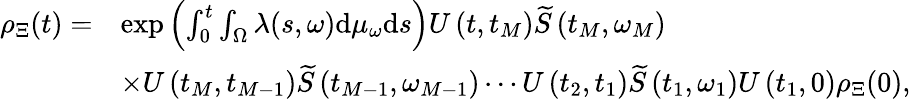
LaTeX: \begin{array}{rl}{{\rho}_{\Xi}(t)=}&{\exp\left(\int_{0}^{t}\int_{\Omega}\lambda(s,\omega)\mathrm{d}\mu_{\omega}\mathrm{d}s\right)U\left(t,t_{M}\right)\widetilde{S}\left(t_{M},\omega_{M}\right)}\\ &{\times U\left(t_{M},t_{M-1}\right)\widetilde{S}\left(t_{M-1},\omega_{M-1}\right)\cdots U\left(t_{2},t_{1}\right)\widetilde{S}\left(t_{1},\omega_{1}\right)U\left(t_{1},0\right){\rho}_{\Xi}(0),}\end{array}